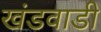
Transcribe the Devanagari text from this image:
खंडवाडी